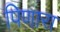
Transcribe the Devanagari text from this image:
पिणारा